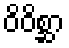
ဝိဝိစ္ဆာ